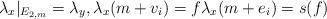
LaTeX: \begin{align*}\lambda_x |_{E_{2,m}} = \lambda_y, \lambda_x(m+v_i) = f \lambda_x(m+e_i)=s(f)\end{align*}